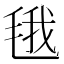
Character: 𮳂